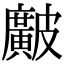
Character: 𥀱